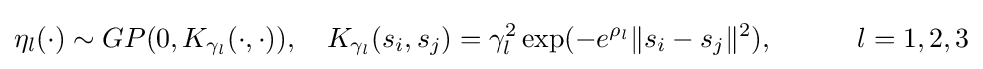
\eta _{l}(\cdot )\sim GP(0,K_{\gamma _{l}}(\cdot ,\cdot )),\quad K_{\gamma _{l}}(s_{i},s_{j})=\gamma _{l}^{2}\exp(-e^{\rho _{l}}\|s_{i}-s_{j}\|^{2}),\quad \quad \quad l=1,2,3